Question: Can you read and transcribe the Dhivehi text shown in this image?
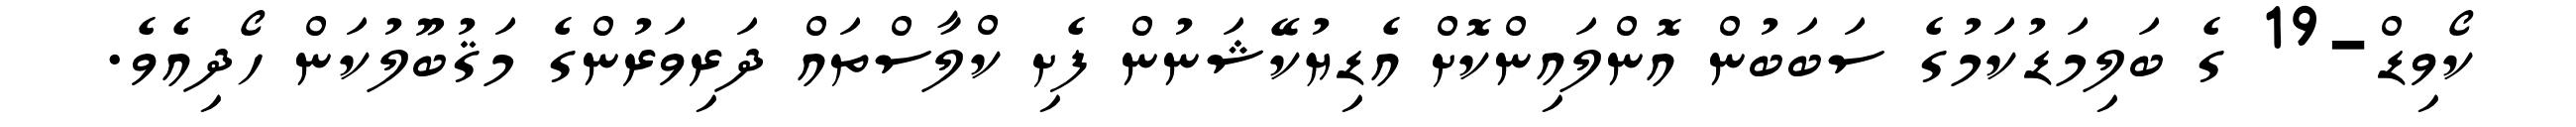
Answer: ކޯވިޑް-19 ގެ ބަލިމަޑުކަމުގެ ސަބަބުން އޮންލައިންކޮށް އެޑިޔުކޭޝަނުން ފެށި ކްލާސްތައް ދަރިވަރުންގެ މަޤުބޫލުކަން ހޯދިއެވެ.